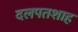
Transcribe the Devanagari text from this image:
दलपतशाह